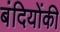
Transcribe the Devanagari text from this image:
बंदियोंकी